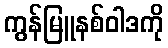
ကွန်မြူနစ်ဝါဒကို